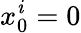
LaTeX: x_{0}^{\mathit{i}}=0